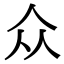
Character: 众